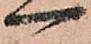
一